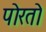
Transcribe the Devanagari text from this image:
पोरतो